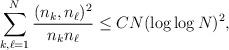
LaTeX: \begin{align*}\sum_{k,\ell=1}^N \frac{(n_k ,n_\ell)^{2 }}{n_k n_\ell} \le CN(\log\log N)^2, \end{align*}